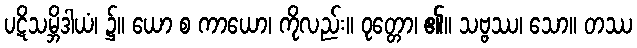
ပဋိသမ္ဘိဒါယံ၊ ၌။ ယော စ ကာယော၊ ကိုလည်း။ ဝုတ္တော၊ ၏။ သဗ္ဗဿ၊ သော။ တဿ